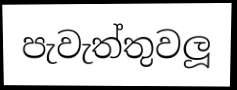
පැවැත්තුවලූ